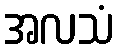
အလသံ